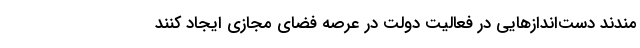
‌مندند دست‌اندازهایی در فعالیت دولت در عرصه فضای مجازی ایجاد کنند